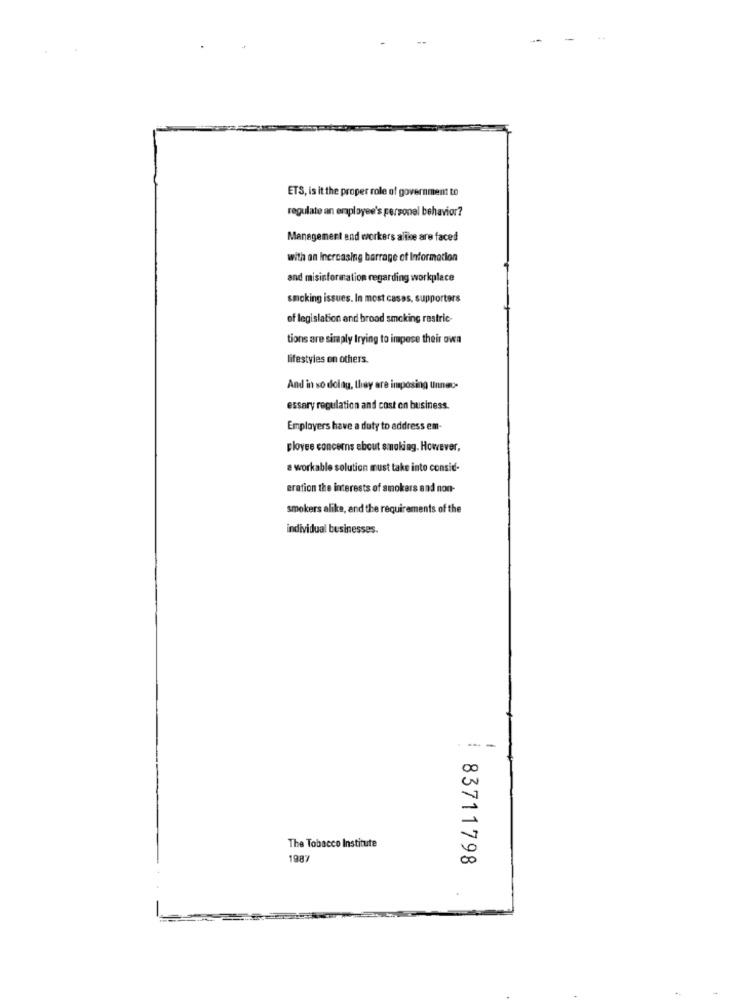
ETS, is it the proper role of government to
regulate an employee's personel behavior?
Management and workers alike are faced
with an Inercasing barrage of Information
and misinformation regarding workplace
smoking issues. In most cases, supporters
of legislation and broad smoking restric-
tions are simply trying to impose their owa
lifestyles on others.
And in so doing, they are imposing unnec-
essary regulation and cost on business.
Employers have a duty to address em-
ployes concerns about smoking. However,
a workable solution must take into consid-
eration the interests of smokers and non-
smokers alike, and the requirements of the
individual businesses.
---
00
The Tobacco Institute
1987
00
83711798